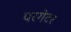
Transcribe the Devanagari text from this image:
परगेटर